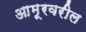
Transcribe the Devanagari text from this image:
आमूरवरील